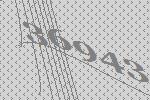
36943